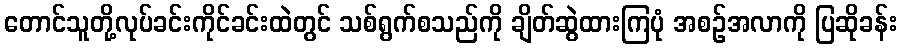
တောင်သူတို့လုပ်ခင်းကိုင်ခင်းထဲတွင် သစ်ရွက်စသည်ကို ချိတ်ဆွဲထားကြပုံ အစဉ်အလာကို ပြဆိုခန်း